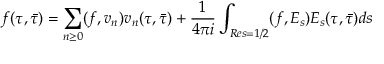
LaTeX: f ( \tau , \bar { \tau } ) = \sum _ { n \ge 0 } ( f , v _ { n } ) v _ { n } ( \tau , \bar { \tau } ) + \frac { 1 } { 4 \pi i } \int _ { R e s = 1 / 2 } ( f , E _ { s } ) E _ { s } ( \tau , \bar { \tau } ) d s